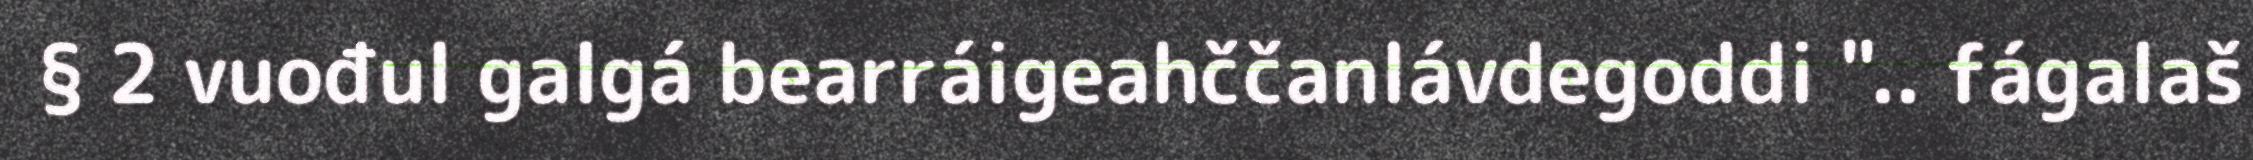
§ 2 vuođul galgá bearráigeahččanlávdegoddi ".. fágalaš